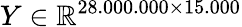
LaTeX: Y\in\mathbb{R}^{28.000.000\times 15.000}